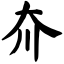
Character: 夼